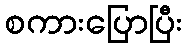
စကားပြောပြီး